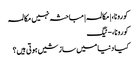
کورونا، | مکالمہ | مباحثہ نہیں مکالمہ
کورونا، - ٹیگ
کیا دنیا میں سازشیں ہوتی ہیں؟